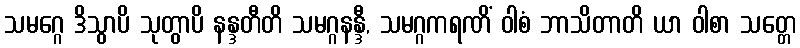
သမဂ္ဂေ ဒိသွာပိ သုတွာပိ နန္ဒတီတိ သမဂ္ဂနန္ဒီ, သမဂ္ဂကရဏိံ ဝါစံ ဘာသိတာတိ ယာ ဝါစာ သတ္တေ